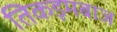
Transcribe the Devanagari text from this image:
तिकड़मबाज